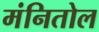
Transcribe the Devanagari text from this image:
मंनितोल